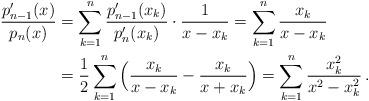
LaTeX: \begin{align*}\frac{p_{n-1}^{\prime}(x)}{p_n(x)}&=\sum_{k=1}^{n}\frac{p_{n-1}^{\prime}(x_k)}{p_n^{\prime}(x_k)}\cdot\frac{1}{x-x_k}=\sum_{k=1}^{n}\frac{x_k}{x-x_k}\\&=\frac{1}{2}\sum_{k=1}^{n}\Big(\frac{x_k}{x-x_k}-\frac{x_k}{x+x_k}\Big)=\sum_{k=1}^{n}\frac{x_k^2}{x^2-x_k^2}\,.\end{align*}